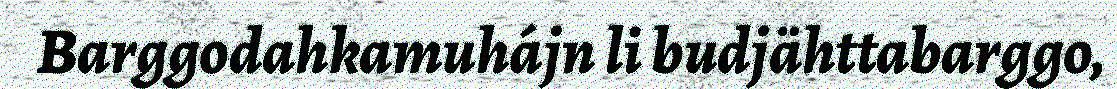
Barggodahkamuhájn li budjähttabarggo,